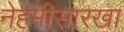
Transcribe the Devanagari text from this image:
नेहमीसारखा